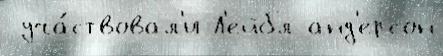
 уча́ствовал'и Л'ейбл анд'ерсон